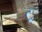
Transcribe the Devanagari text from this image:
ट्र्